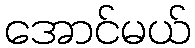
အောင်မယ်